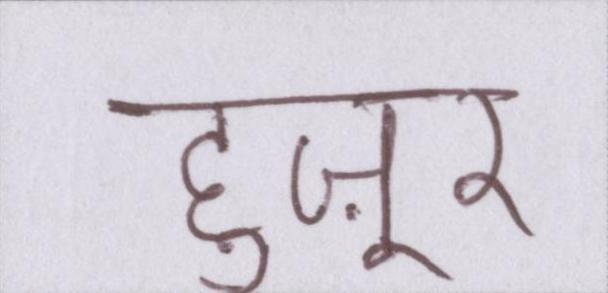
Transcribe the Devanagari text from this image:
हुज़ूर